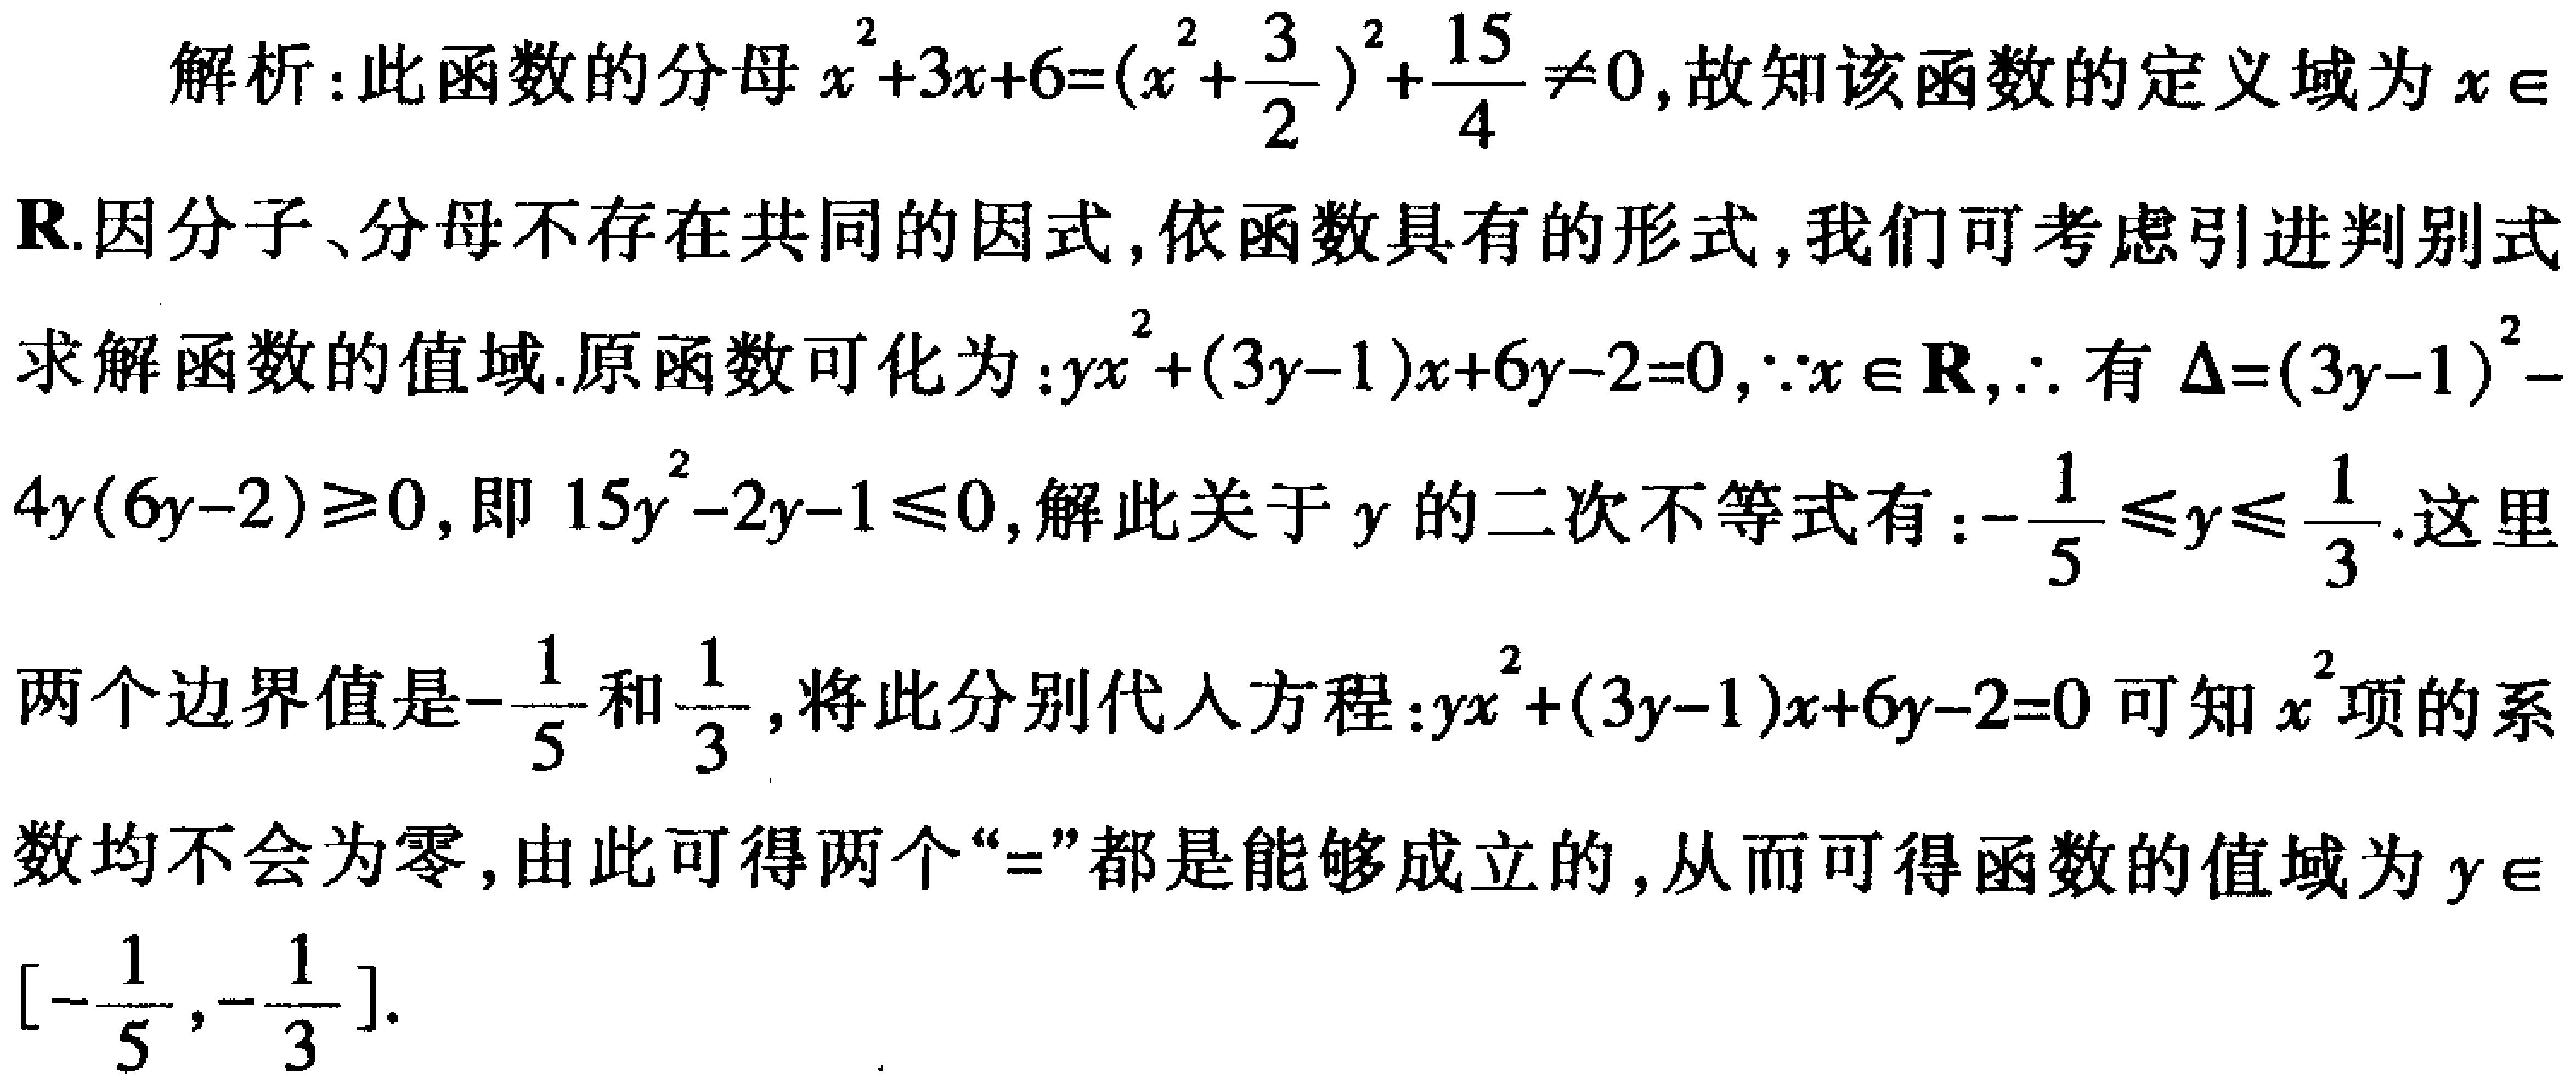
解析：此函数的分母\(x^{2}+3x + 6=(x+\frac{3}{2})^{2}+\frac{15}{4}\neq0\)，故知该函数的定义域为\(x\in\mathbb{R}\).因分子、分母不存在共同的因式，依函数具有的形式，我们可考虑引进判别式求解函数的值域.原函数可化为：\(yx^{2}+(3y - 1)x+6y - 2 = 0\)，\(\because x\in\mathbb{R}\)，\(\therefore\)有\(\Delta=(3y - 1)^{2}-4y(6y - 2)\geq0\)，即\(15y^{2}-2y - 1\leq0\)，解此关于\(y\)的二次不等式有：\(-\frac{1}{5}\leq y\leq\frac{1}{3}\).这里两个边界值是\(-\frac{1}{5}\)和\(\frac{1}{3}\)，将此分别代入方程：\(yx^{2}+(3y - 1)x+6y - 2 = 0\)可知\(x^{2}\)项的系数均不会为零，由此可得两个“\(=\)”都是能够成立的，从而可得函数的值域为\(y\in[-\frac{1}{5},\frac{1}{3}]\).